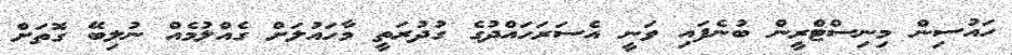
ހައުސިން މިނިސްޓްރީން ބުނެފައި ވަނީ އެސަރަހައްދުގެ ގުދުރަތީ މާހައުލަށް ގެއްލުމެއް ނުލިބޭ ގޮތަށް